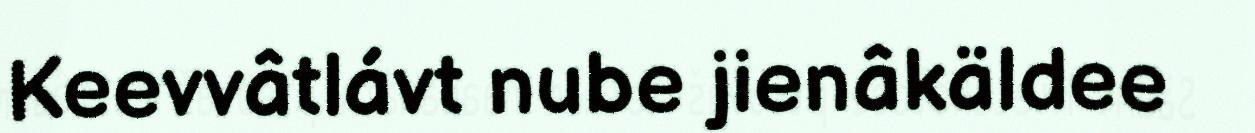
Keevvâtlávt nube jienâkäldee